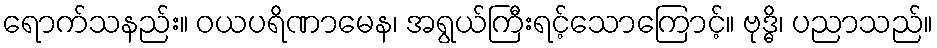
ရောက်သနည်း။ ဝယပရိဏာမေန၊ အရွယ်ကြီးရင့်သောကြောင့်။ ဗုဒ္ဓိ၊ ပညာသည်။